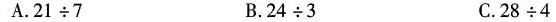
A.$$2 1 \div 7$$ B.$$2 4 \div 3 $$ C.$$2 8 \div 4$$